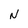
Character: N